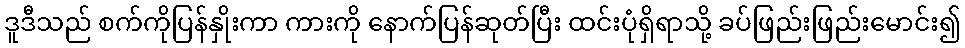
ဒူဒီသည် စက်ကိုပြန်နှိုးကာ ကားကို နောက်ပြန်ဆုတ်ပြီး ထင်းပုံရှိရာသို့ ခပ်ဖြည်းဖြည်းမောင်း၍